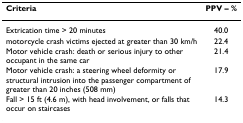
| Criteria | PPV – % |
 | --- | --- |
 | Extrication time > 20 minutes | 40.0 |
 | motorcycle crash victims ejected at greater than 30 km/h | 22.4 |
 | Motor vehicle crash: death or serious injury to other occupant in the same car | 21.4 |
 | Motor vehicle crash: a steering wheel deformity or structural intrusion into the passenger compartment of greater than 20 inches (508 mm) | 17.9 |
 | Fall > 15 ft (4.6 m), with head involvement, or falls that occur on staircases | 14.3 |